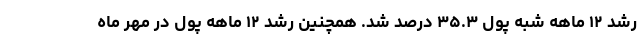
رشد ۱۲ ماهه شبه پول ۳۵.۳ درصد شد. همچنین رشد ۱۲ ماهه پول در مهر ماه